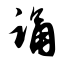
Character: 诵